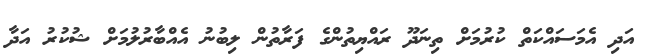
އަދި އެމަސައްކަތް ކުރުމަށް ތިނަދޫ ރައްޔިތުންގެ ފަރާތުން ލިބުނު އެއްބާރުލުމަށް ޝުކުރު އަދާ